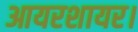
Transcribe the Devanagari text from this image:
आयरशायर।